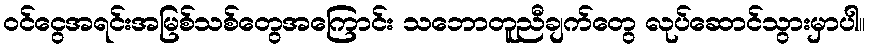
ဝင်ငွေအရင်းအမြစ်သစ်တွေအကြောင်း သဘောတူညီချက်တွေ လုပ်ဆောင်သွားမှာပါ။